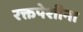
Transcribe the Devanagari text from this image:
रक्तपेशीना